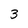
Character: 3